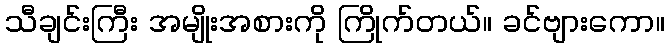
သီချင်းကြီး အမျိုးအစားကို ကြိုက်တယ်။ ခင်ဗျားကော။